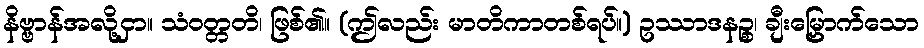
နိဗ္ဗာန်အလို့ငှာ။ သံဝတ္တတိ၊ ဖြစ်၏။ (ဤလည်း မာတိကာတစ်ရပ်။) ဥဿာဒနဉ္စ၊ ချီးမြှောက်သော